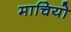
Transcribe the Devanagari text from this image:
माचियो